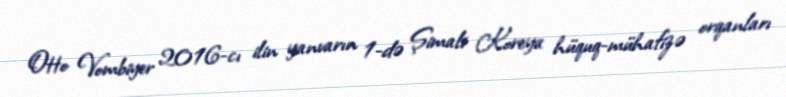
Otto Vombiyer 2016-cı ilin yanvarın 1-də Şimali Koreya hüquq-mühafizə orqanları